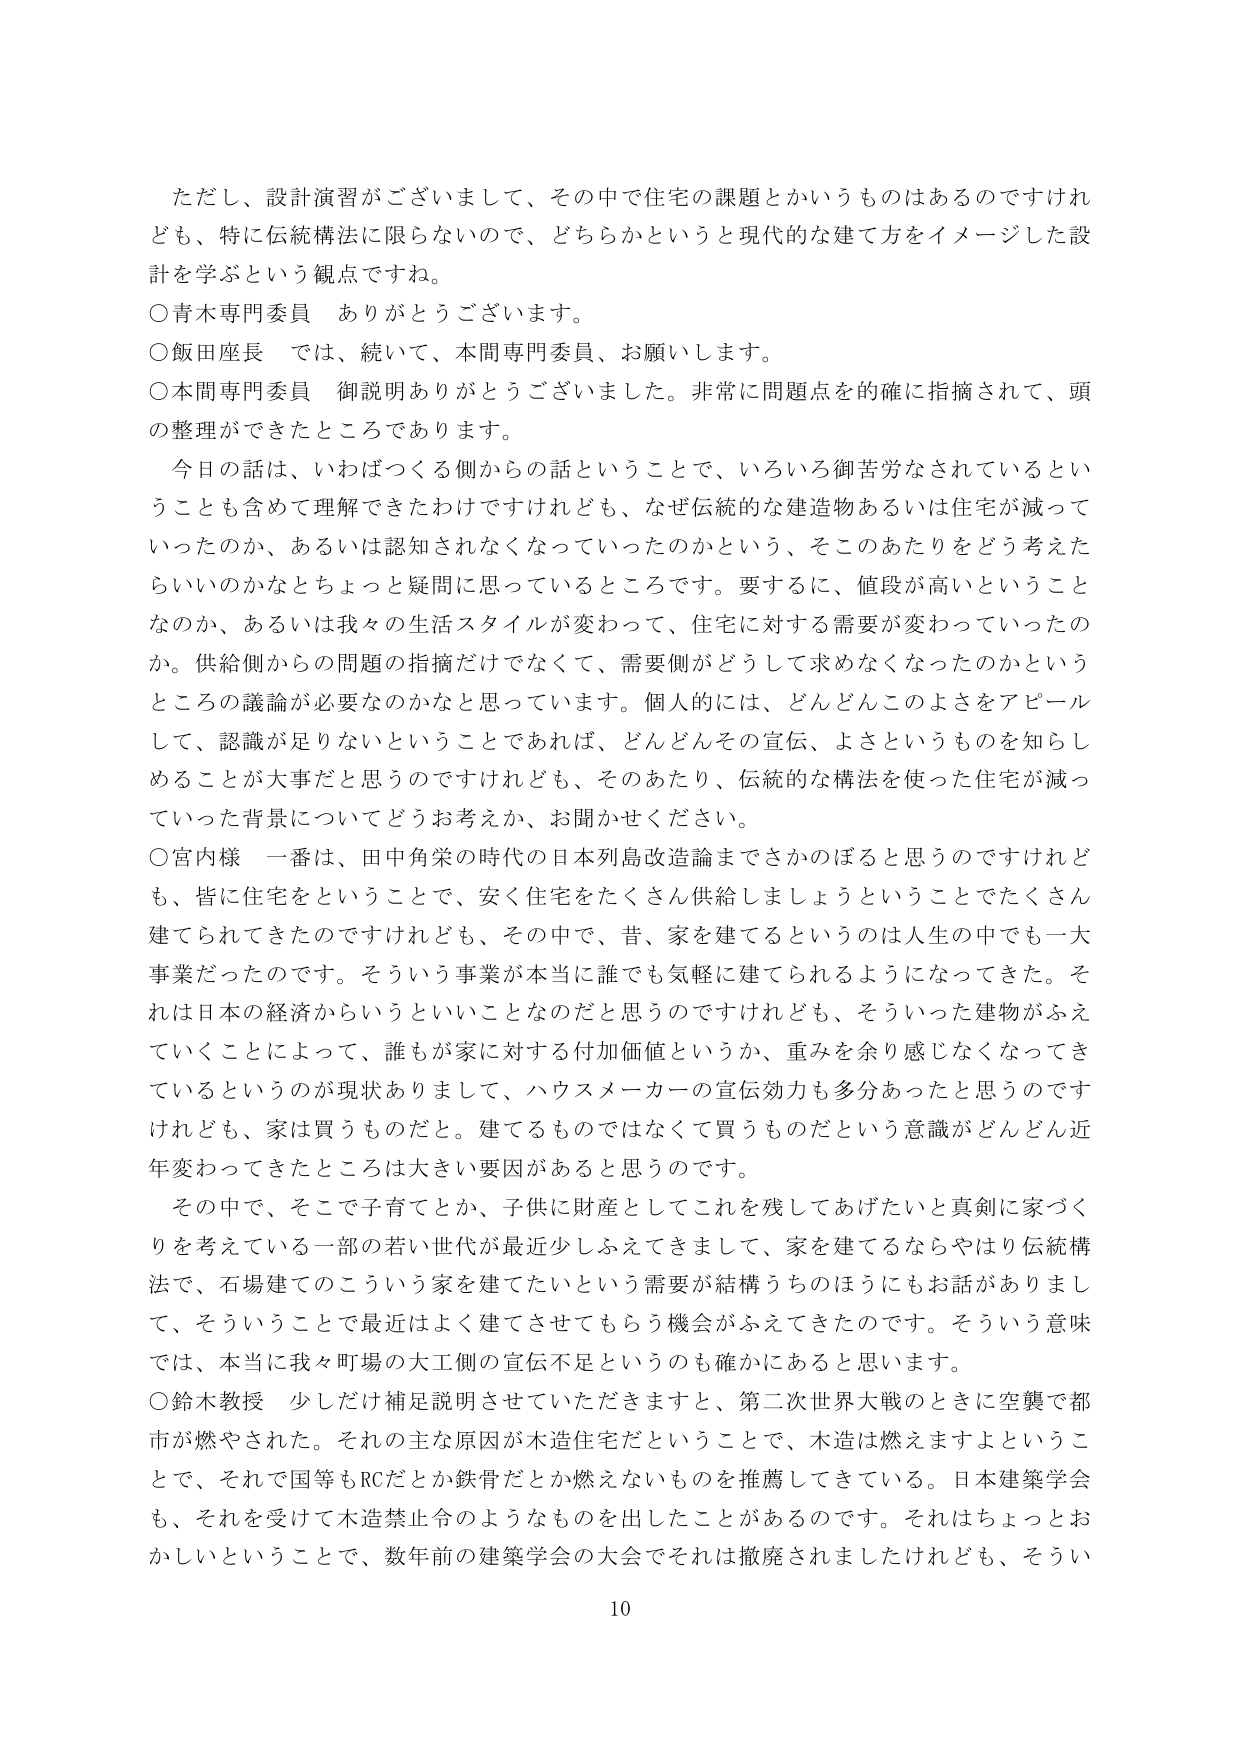
ただし、設計演習がございまして、その中で住宅の課題とかいうものはあるのですけれども、特に伝統構法に限らないので、どちらかというと現代的な建て方をイメージした設計を学ぶという観点ですね。

○青木専門委員　ありがとうございます。

○飯田座長　では、続いて、本間専門委員、お願いします。

○本間専門委員　御説明ありがとうございました。非常に問題点を的確に指摘されて、頭の整理ができたところであります。

今日の話は、いわばつくる側からの話ということで、いろいろ御苦労なされているということも含めて理解できたわけですけれども、なぜ伝統的な建造物あるいは住宅が減っていったのか、あるいは認知されなくなっていたのかという、そこのおたりをどう考えたらいいのかなとちょっと疑問に思っているところです。要するに、値段が高いということなのか、あるいは我々の生活スタイルが変わって、住宅に対する需要が変わっていたのか。供給側からの問題の指摘だけでなく、需要側がどうして求めなくなったのかというところの議論が必要なのかなと思っています。個人的には、どんどんこのよさをアピールして、認識が足りないということであれば、どんどんその宣伝、よさというものを知らしめることが大事だと思うのですけれども、そのあたり、伝統的な構法を使った住宅が減っていった背景についてどうお考えか、お聞かせください。

○宮内様　一番は、田中角栄の時代の日本列島改造論までさかのぼると思うのですけれども、皆に住宅をということで、安く住宅をたくさん供給しましょうということでたくさん建てられてきたのですけれども、その中で、昔、家を建てるというのは人生の中でも一大事業だったのです。そういう事業が本当に誰でも気軽に建てられるようになってきた。それは日本の経済からいうといいことなのだと思うのですけれども、そういった建物がふえていくことによって、誰もが家に対する付加価値というか、重みを余り感じなくなってきたというのが現状ありまして、ハウスメーカーの宣伝効力も多分あったと思うのですけれども、家は買うものだと。建てるものではなくて買うものだという意識がどんどん近年変わってきたところは大きい要因があると思うのです。

その中で、そこで子育てとか、子供に財産としてこれを残してあげたいと真剣に家づくりを考えている一部の若い世代が最近少しふえてきまして、家を建てるならやはり伝統構法で、石場建てのこういう家を建てたいという需要が結構うちのほうにもお話がありまして、そういうことで最近はよく建てさせてもらう機会がふえてきたのです。そういう意味では、本当に我々町場の大工側の宣伝不足というのも確かにあろうと思います。

○鈴木教授　少しだけ補足説明させていただきますと、第二次世界大戦のときに空襲で都市が燃やされた。それの主な原因が木造住宅だということで、木造は燃えますよということで、それで国等もRCだとか鉄骨だとか燃えないものを推薦してきている。日本建築学会も、それを受けて木造禁止令のようなものを出したことがあるのです。それはちょっとおかしいということで、数年前の建築学会の大会でそれは撤廃されましたが、そうい

10